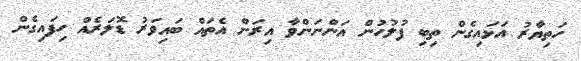
ހަތިޔާރު އަޅައިގެން ތިބި ފުލުހުން އަންނަންވާ އިރަށް އެތައް ބައިވަރު ޑޮލަރެއް ހިފައިގެން